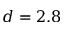
d = 2 . 8